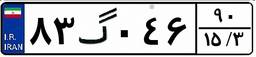
۸۳گ۰۴۶۹۰